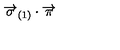
\overrightarrow { \sigma } _ { \left( 1 \right) } \cdot \overrightarrow { \pi }